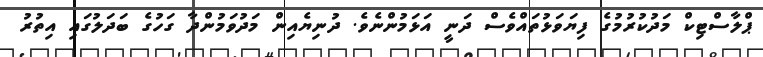
ޕްލާސްޓިކް މަދުކުރުމުގެ ފިޔަވަޅުތައްވެސް ދަނީ އަޅަމުންނެވެ. ދުނިޔެއިން މަދުވަމުންދާ ގަހުގެ ބަދަލުގައި އިތުރު